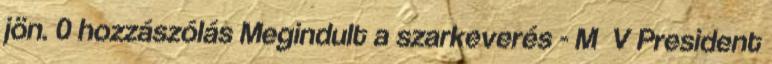
jön. 0 hozzászólás Megindult a szarkeverés - M V President